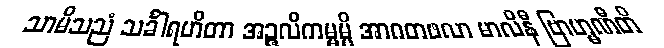
သာမိသညံ သင်္ခါရဟိတာ အဉ္ဇလိကမ္မမ္ပိ အာဂတဖလာ မာလိနီ ဗြာဟ္မဏီတိ